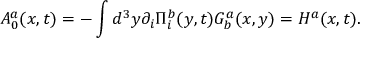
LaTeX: A _ { 0 } ^ { a } ( x , t ) = - \int d ^ { 3 } y \partial _ { i } \Pi _ { i } ^ { b } ( y , t ) G _ { b } ^ { a } ( x , y ) = H ^ { a } ( x , t ) .